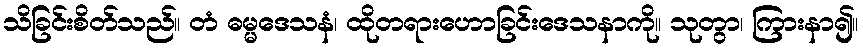
သိခြင်းစိတ်သည်။ တံ ဓမ္မဒေသနံ၊ ထိုတရားဟောခြင်းဒေသနာကို။ သုတွာ၊ ကြားနာ၍။